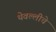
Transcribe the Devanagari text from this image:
थेवल्लीचे